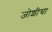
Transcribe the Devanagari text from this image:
जोशीचा